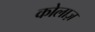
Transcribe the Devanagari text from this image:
कोलाज़